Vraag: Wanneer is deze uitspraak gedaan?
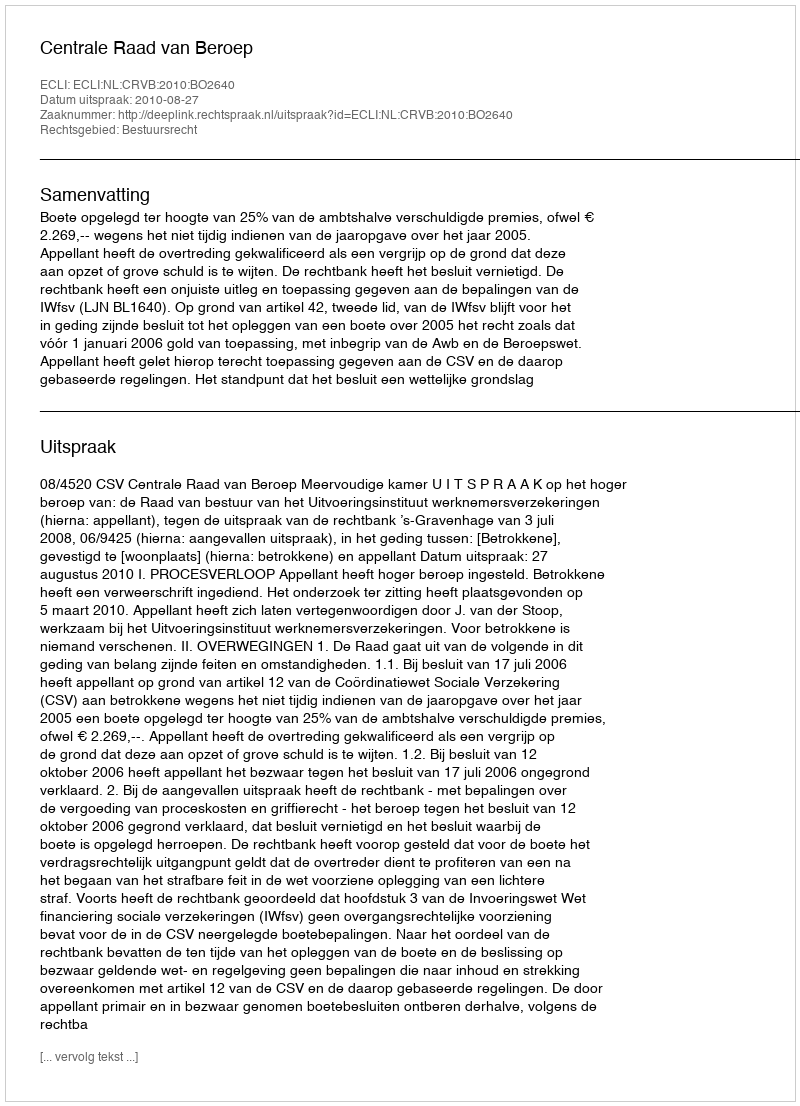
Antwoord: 2010-08-27